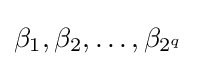
\beta _{1},\beta _{2},\ldots ,\beta _{2^{q}}